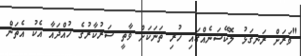
"ވަރަށް ރަނގަޅު ލޮކޭޝަނެއްގައި ހުރި ތަނަކަށް ވާތީ ސަރުކާރުގެ ހުއްދައާ އެކު އެތަން